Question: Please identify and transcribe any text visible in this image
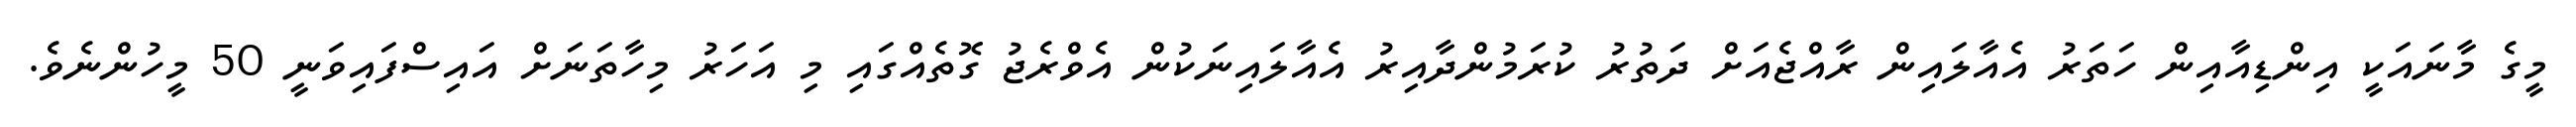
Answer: މީގެ މާނައަކީ އިންޑިއާއިން ހަތަރު އެއާލައިން ރާއްޖެއަށް ދަތުރު ކުރަމުންދާއިރު އެއާލައިނަކުން އެވްރެޖު ގޮތެއްގައި މި އަހަރު މިހާތަނަށް އައިސްފައިވަނީ 50 މީހުންނެވެ.